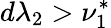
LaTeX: d\lambda_{2}>\nu_{1}^{*}